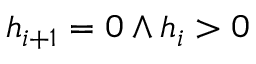
h _ { i + 1 } = 0 \wedge h _ { i } > 0